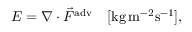
E = \nabla \cdot \vec { F } ^ { \mathrm { a d v } } \quad [ \mathrm { k g } \, \mathrm { m } ^ { - 2 } \mathrm { s } ^ { - 1 } ] ,